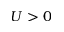
U > 0